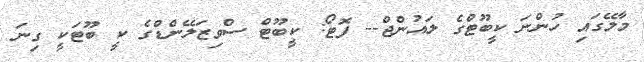
މާލޭގައި ހުންނަ ކީބޫޓްގެ ލައުންޖް-- ފޮޓޯ: ކީބޫޓް ސްވިޒަލޭންޑްގެ ކީ ބޫޓަކީ ގިނަ